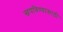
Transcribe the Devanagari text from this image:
खपविण्यासाठी